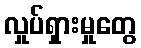
လှုပ်ရှားမှုတွေ